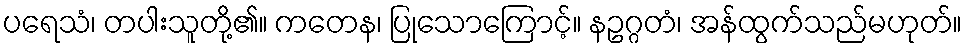
ပရေသံ၊ တပါးသူတို့၏။ ကတေန၊ ပြုသောကြောင့်။ နဥဂ္ဂတံ၊ အန်ထွက်သည်မဟုတ်။